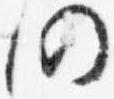
仍